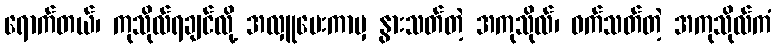
ရောက်တယ်၊ ကုသိုလ်ရချင်လို့ အလှူပေးကာမှ နွားသတ်တဲ့ အကုသိုလ်၊ ဝက်သတ်တဲ့ အကုသိုလ်ကံ